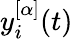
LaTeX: y_{i}^{[\alpha]}(t)